Indian journal of veterinary science and animal husbandry - Volume 8,
Year: 1938
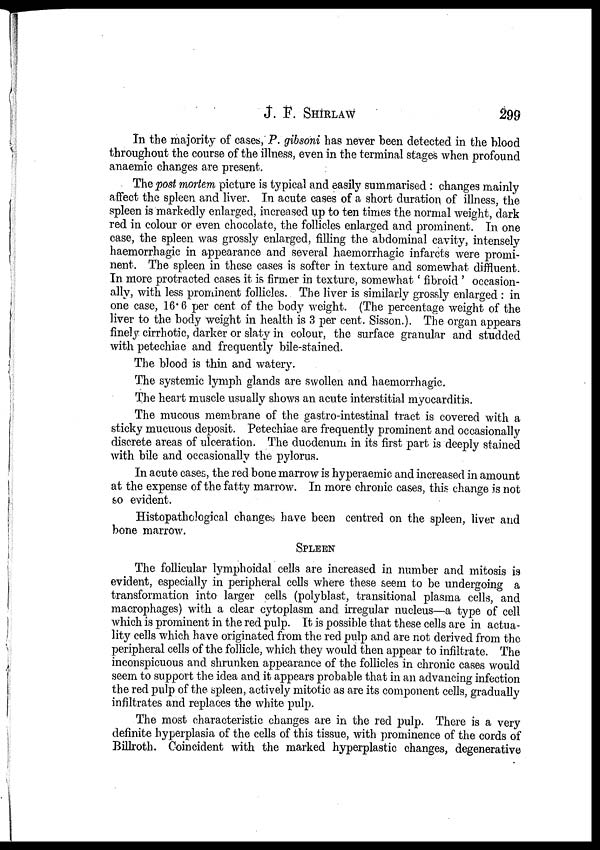
J. F.
SHIRLAW
299
In the majority of cases, P. gibsoni has never been detected in the blood
throughout the course of the illness, even in the terminal stages when profound
anaemic changes are present.
The post mortem picture is typical and easily summarised : changes mainly
affect the spleen and liver. In acute cases of a short duration of illness, the
spleen is markedly enlarged, increased up to ten times the normal weight, dark
red in colour or even chocolate, the follicles enlarged and prominent. In one
case, the spleen was grossly enlarged, filling the abdominal cavity, intensely
haemorrhagic in appearance and several haemorrhagic infarcts were promi-
nent. The spleen in these cases is softer in texture and somewhat diffluent.
In more protracted cases it is firmer in texture, somewhat ' fibroid ' occasion-
ally, with less prominent follicles. The liver is similarly grossly enlarged : in
one case, 16.6 per cent of the body weight. (The percentage weight of the
liver to the body weight in health is 3 per cent. Sisson.). The organ appears
finely cirrhotic, darker or slaty in colour, the surface granular and studded
with petechiae and frequently bile-stained.
The blood is thin and watery.
The systemic lymph glands are swollen and haemorrhagic.
The heart muscle usually shows an acute interstitial myocarditis.
The mucous membrane of the gastro-intestinal tract is covered with a
sticky mucuous deposit. Petechiae are frequently prominent and occasionally
discrete areas of ulceration. The duodenum in its first part is deeply stained
with bile and occasionally the pylorus.
In acute cases, the red bone marrow is hyperaemic and increased in amount
at the expense of the fatty marrow. In more chronic cases, this change is not
so evident.
Histopathological changes have been centred on the spleen, liver and
bone marrow.
SPLEEN
The follicular lymphoidal cells are increased in number and mitosis is
evident, especially in peripheral cells where these seem to be undergoing a
transformation into larger cells (polyblast, transitional plasma cells, and
macrophages) with a clear cytoplasm and irregular nucleus—a type of cell
which is prominent in the red pulp. It is possible that these cells are in actua-
lity cells which have originated from the red pulp and are not derived from the
peripheral cells of the follicle, which they would then appear to infiltrate. The
inconspicuous and shrunken appearance of the follicles in chronic cases would
seem to support the idea and it appears probable that in an advancing infection
the red pulp of the spleen, actively mitotic as are its component cells, gradually
infiltrates and replaces the white pulp.
The most characteristic changes are in the red pulp. There is a very
definite hyperplasia of the cells of this tissue, with prominence of the cords of
Billroth. Coincident with the marked hyperplastic changes, degenerative